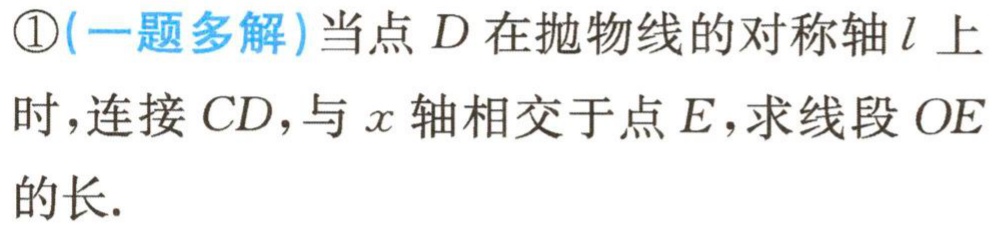
\textcircled{1}(一题多解)当点\(D\)在抛物线的对称轴\(l\)上时，连接\(CD\)，与\(x\)轴相交于点\(E\)，求线段\(OE\)的长.